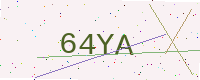
Text: 64YA